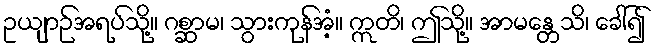
ဥယျာဉ်အရပ်သို့။ ဂစ္ဆာမ၊ သွားကုန်အံ့။ ဣတိ၊ ဤသို့။ အာမန္တေသိ၊ ခေါ်၍